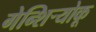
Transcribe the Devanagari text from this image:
गेन्शिर्‍योकू